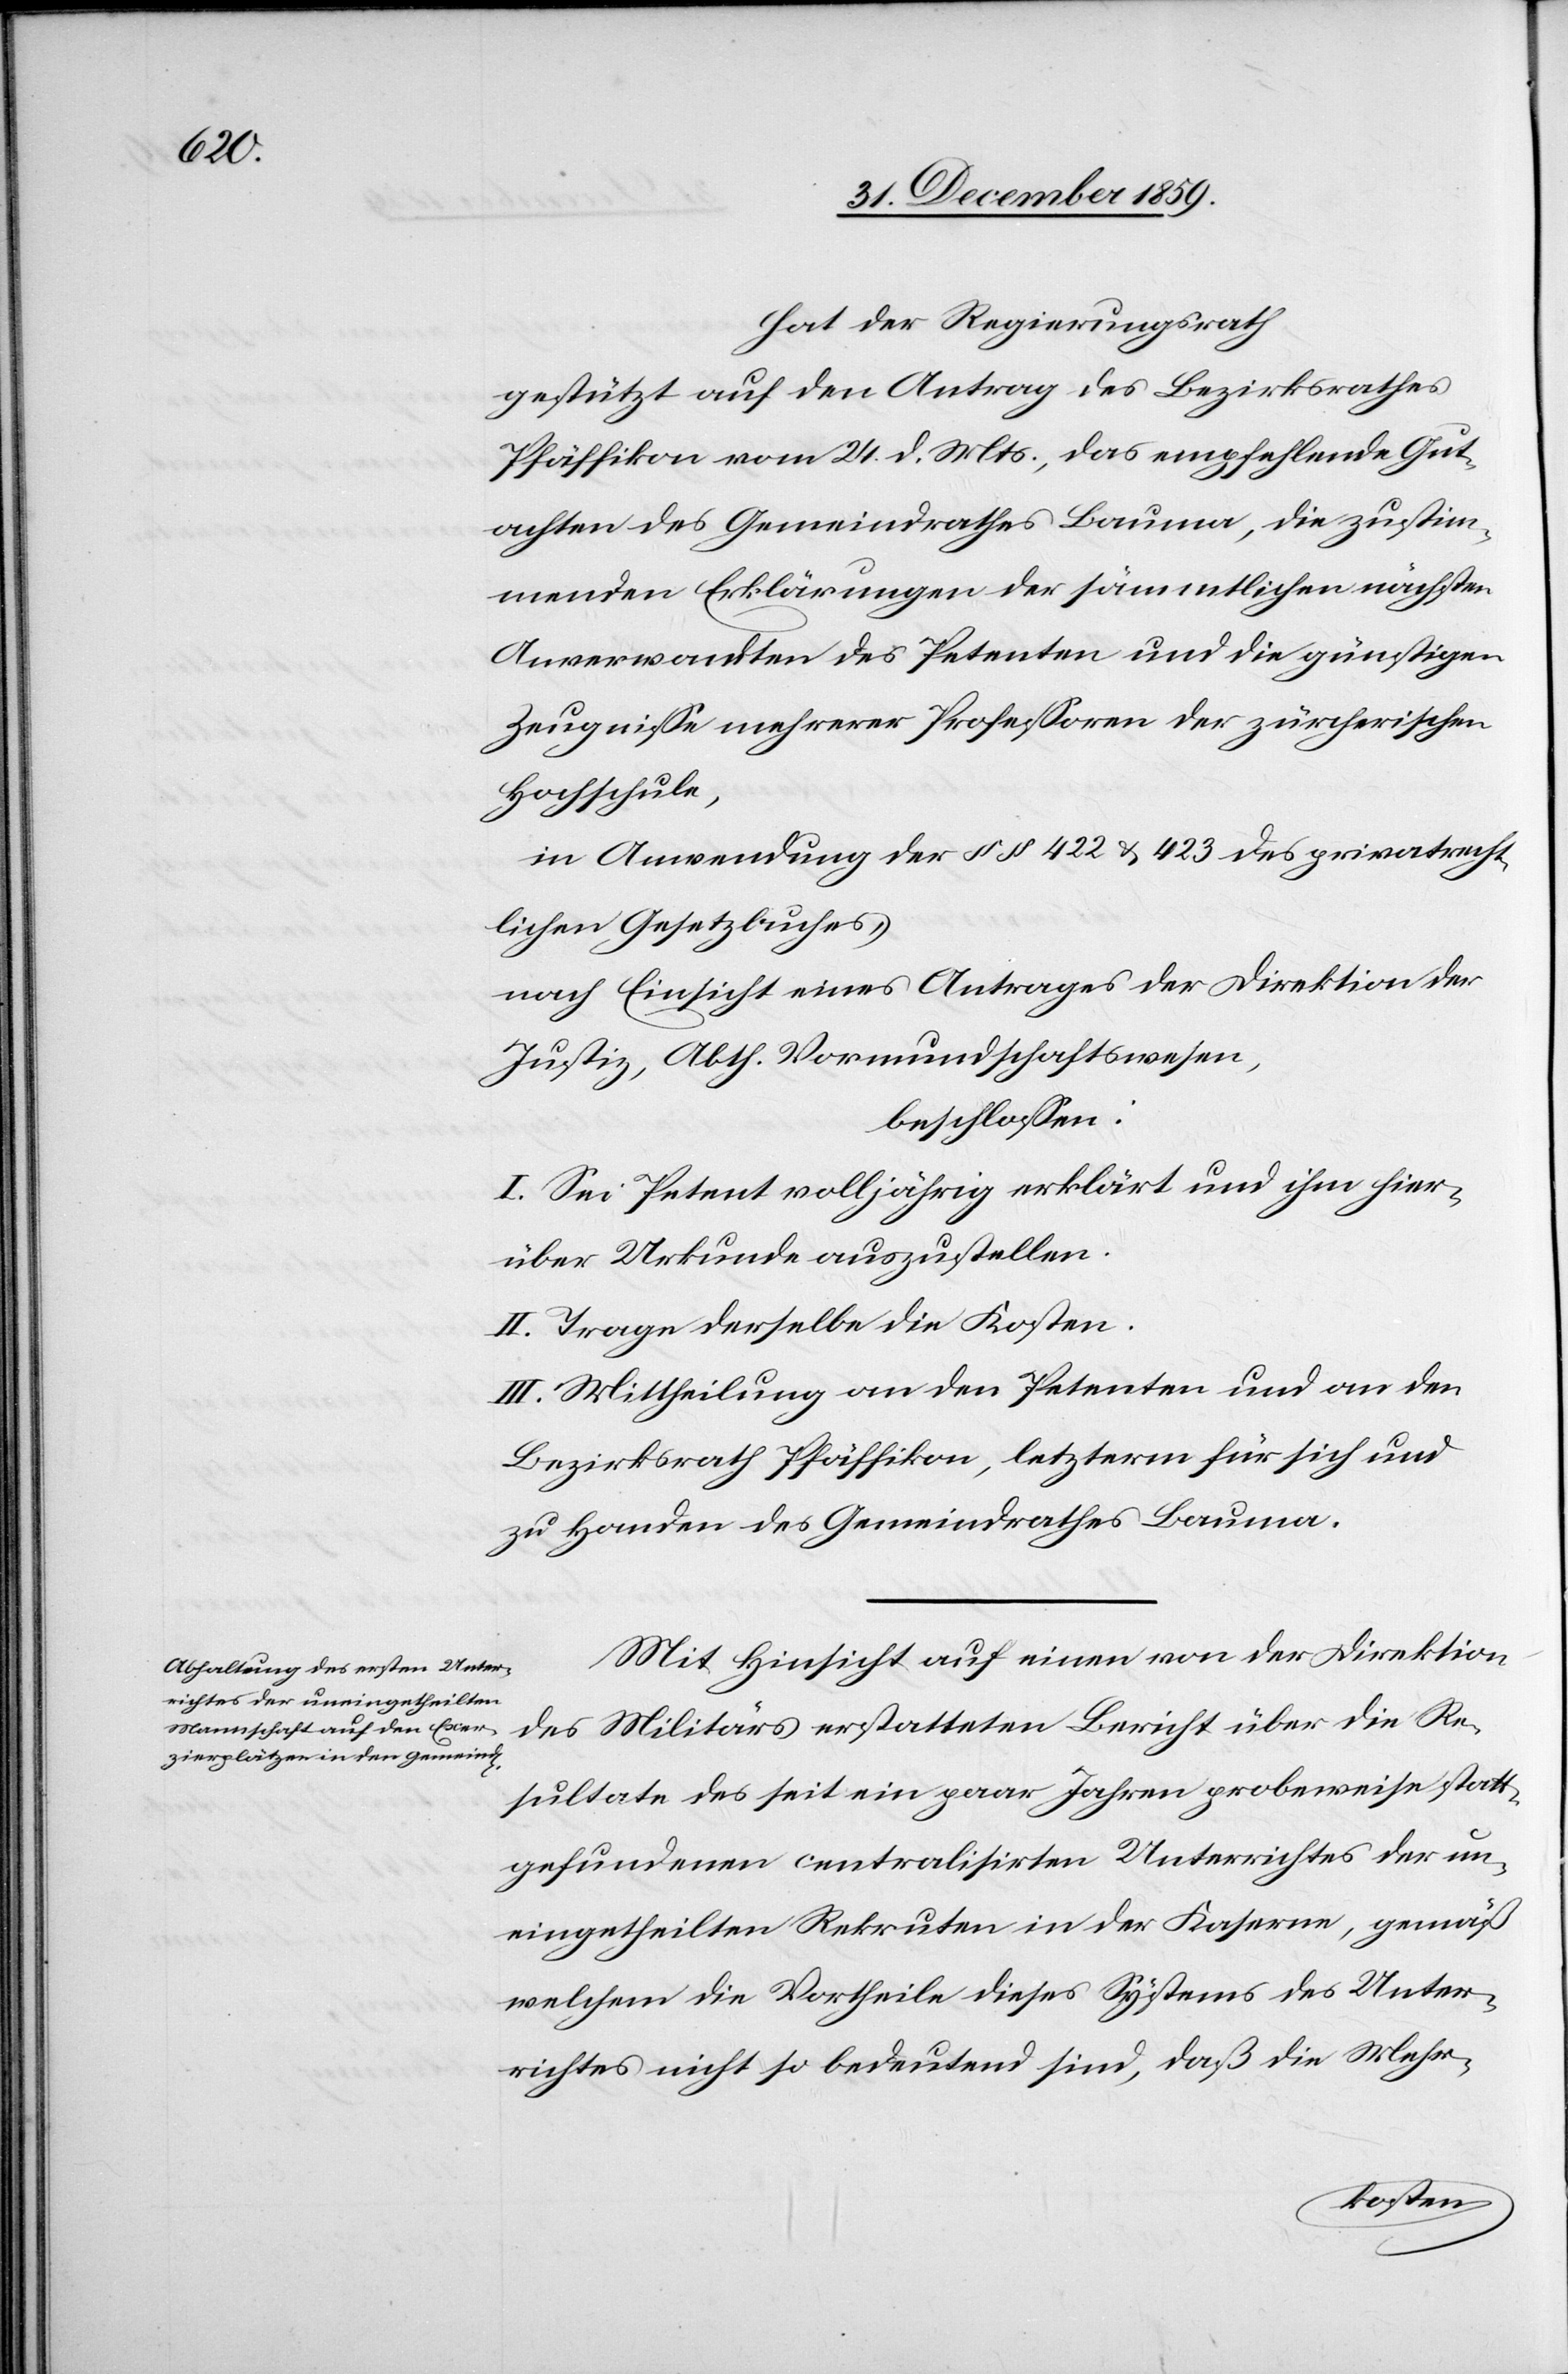
hat der Regierungsrath
gestützt auf den Antrag des Bezirksrathes
Pfäffikon vom 24. d. Mts., das empfehlende Gut¬
achten des Gemeindrathes Bauma, die zustim¬
menden Erklärungen der sämmtlichen nächsten
Anverwandten des Petenten und die günstigen
Zeugnisse mehrerer Professoren der zürcherischen
Hochschule,
in Anwendung der §§ 422 & 423 des privatrecht¬
lichen Gesetzbuches,
nach Einsicht eines Antrages der Direktion der
Justiz, Abth. Vormundschaftswesen,
beschlossen:
I. Sei Petent volljährig erklärt und ihm hier¬
über Urkunde auszustellen.
II. Trage derselbe die Kosten.
III. Mittheilung an den Petenten und an den
Bezirksrath Pfäffikon, letzterm für sich und
zu Handen des Gemeindrathes Bauma.
Mit Hinsicht auf einen von der Direktion
des Militärs erstatteten Bericht über die Re¬
sultate des seit ein paar Jahren probeweise statt¬
gefundenen centralisirten Unterrichtes der un¬
eingetheilten Rekruten in der Kaserne, gemäß
welchem die Vortheile dieses Systems des Unter¬
richtes nicht so bedeutend sind, daß die Mehr-